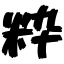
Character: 粋